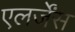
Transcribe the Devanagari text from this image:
एलर्जेंस